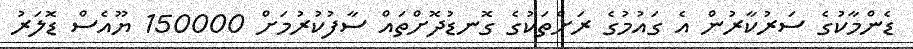
ޑެންމާކުގެ ސަރުކާރުން އެ ގައުމުގެ ރަށްތަކުގެ ގޮނޑުދޮށްތައް ސާފުކުރުމަށް 150000 ޔޫއެސް ޑޮލަރު